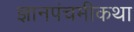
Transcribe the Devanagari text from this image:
ज्ञानपंचमीकथा